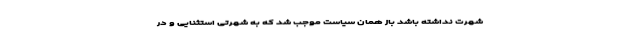
شهرت نداشته باشد باز همان سیاست موجب شد که به شهرتی استثنایی و در